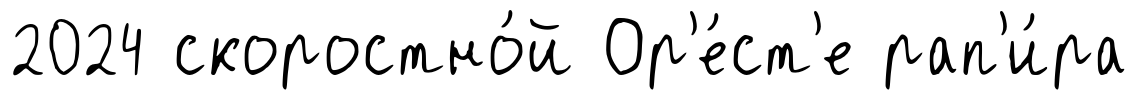
2024 скоростно́й Ор'е́ст'е рап'и́ра